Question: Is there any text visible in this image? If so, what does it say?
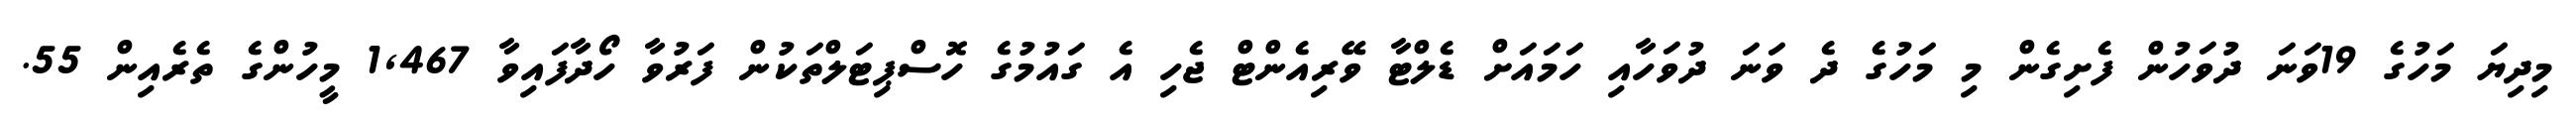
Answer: މިދިޔަ މަހުގެ 19ވަނަ ދުވަހުން ފެށިގެން މި މަހުގެ ދެ ވަނަ ދުވަހާއި ހަމައަށް ޑެލްޓާ ވޭރިއެންޓް ޖެހި އެ ގައުމުގެ ހޮސްޕިޓަލްތަކުން ފަރުވާ ހޯދާފައިވާ 1,467 މީހުންގެ ތެރެއިން 55.